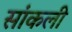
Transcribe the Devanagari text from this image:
सांकली